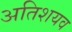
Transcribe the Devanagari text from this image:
अतिशयव